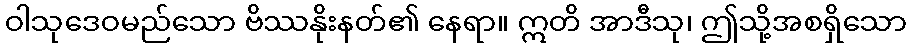
ဝါသုဒေဝမည်သော ဗိဿနိုးနတ်၏ နေရာ။ ဣတိ အာဒီသု၊ ဤသို့အစရှိသော